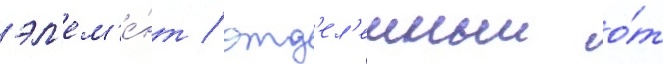
эл'ем'е́нт / отд'ел'енныи о́т